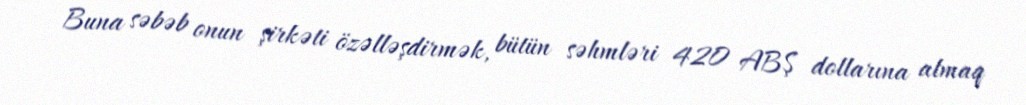
Buna səbəb onun şirkəti özəlləşdirmək, bütün səhmləri 420 ABŞ dollarına almaq